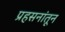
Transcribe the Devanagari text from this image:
प्रहसनांतून